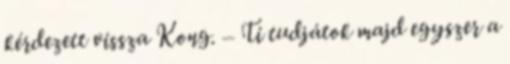
kérdezett vissza Kong. – Ti tudjátok majd egyszer a